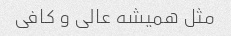
مثل همیشه عالی و کافی